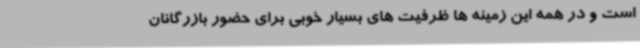
است و در همه این زمینه ها ظرفیت های بسیار خوبی برای حضور بازرگانان